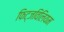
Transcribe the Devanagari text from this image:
फिट्जविलियम